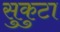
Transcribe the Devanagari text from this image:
सुकुटा